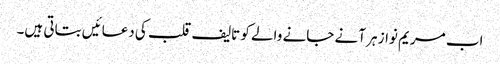
اب مریم نواز ہر آنے جانے والے کو تالیف قلب کی دعائیں بتاتی ہیں۔